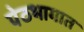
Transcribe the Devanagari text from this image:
पेठभागात